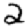
Digit: 2